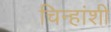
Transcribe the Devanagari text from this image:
चिन्हांशी